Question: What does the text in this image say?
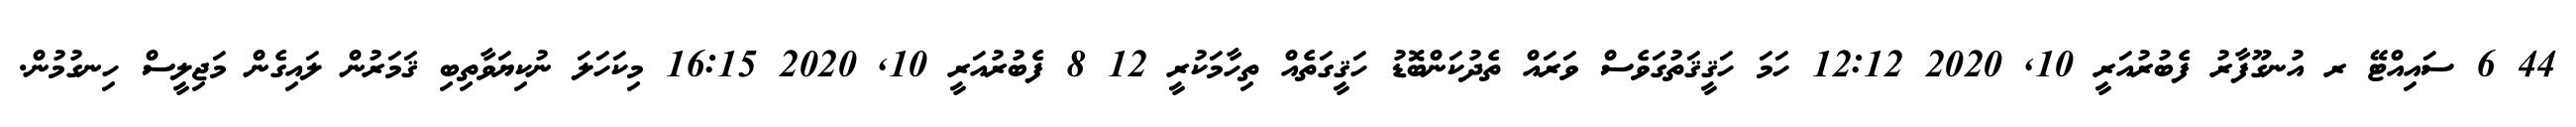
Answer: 44 6 ސައިއްޓޭ ރ އުނގޫފާރު ފެބުރުއަރީ 10, 2020 12:12 ހަމަ ހަޤީޤަތުގަވެސް ވަރައް ތެދުކަންބޮޑު ހަޤީގަތެއް ތިހާމަކުރީ 12 8 ފެބުރުއަރީ 10, 2020 16:15 މިކަހަލަ ނުކިޔަވާތިބި ޤަމަރުން ލައިގެން މަޖިލީސް ހިނގުމުން.